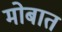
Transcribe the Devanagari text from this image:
मोबात